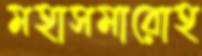
মহাসমারোহ